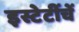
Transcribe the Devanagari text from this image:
इस्टेटींचें